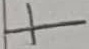
Text: +